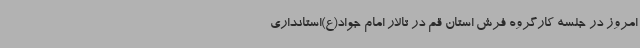
امروز در جلسه کارگروه فرش استان قم در تالار امام جواد(ع)استانداری